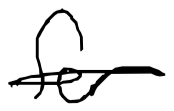
Text: for
Cross-out: single-line
Writing tool: digital_black